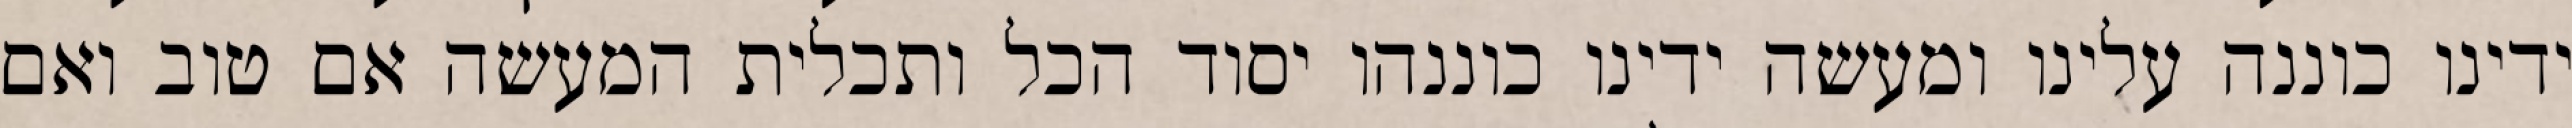
ידינו כוננה עלינו ומעשה ידינו כוננהו יסוד הכל ותכלית המעשה אם טוב ואם